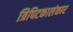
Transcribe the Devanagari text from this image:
त्रिपिटकालंकार